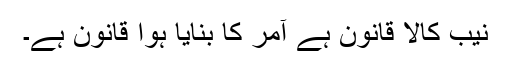
نیب کالا قانون ہے آمر کا بنایا ہوا قانون ہے۔